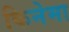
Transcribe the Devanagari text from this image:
किनेमा